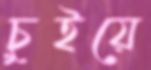
চুইয়ে